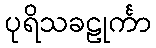
ပုရိသခဠုင်္ကာ